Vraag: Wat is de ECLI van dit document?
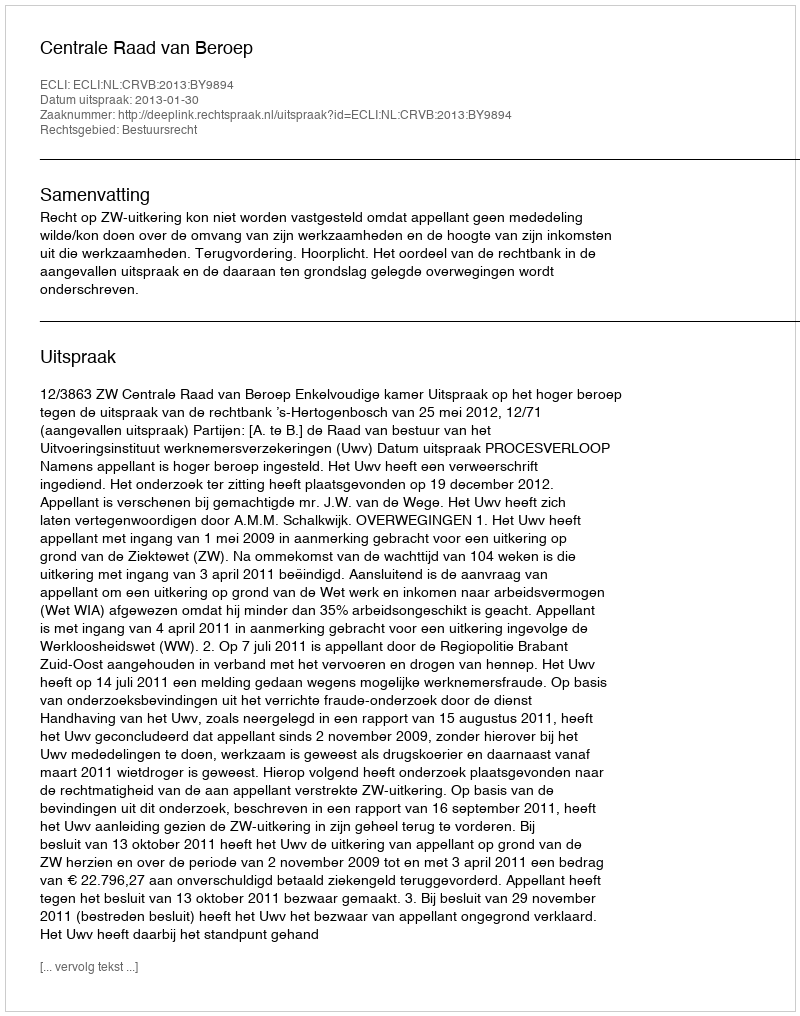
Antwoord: ECLI:NL:CRVB:2013:BY9894